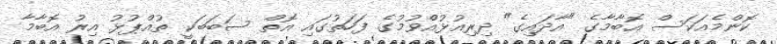
ކޮންމެއަކަސް އޮބާމާގެ "އާދައިގެ" ދިރިއުޅުއްވުމުގެ ފަހަތުގައި އޮތް ސަބަބަކީ ތުއްޕުޅު އިރު އޮބާމާ